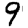
Digit: 9